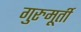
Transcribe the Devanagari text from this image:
गुरुमूर्ती